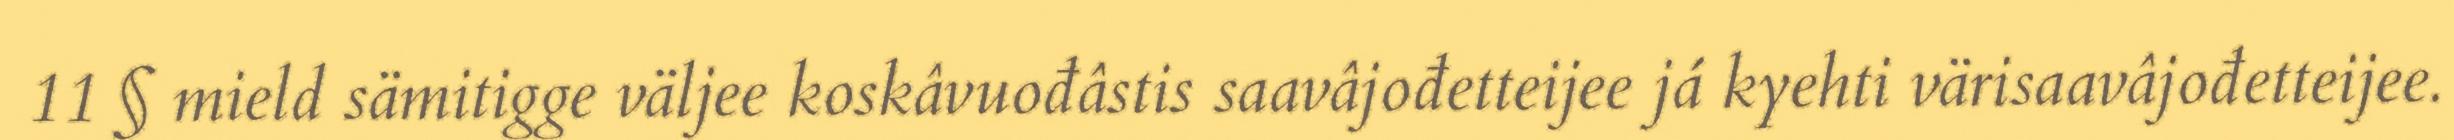
11 § mield sämitigge väljee koskâvuođâstis saavâjođetteijee já kyehti värisaavâjođetteijee.